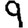
Digit: 9